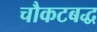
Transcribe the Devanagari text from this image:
चौकटबद्ध